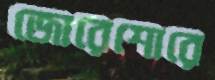
জোরেশোরে